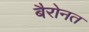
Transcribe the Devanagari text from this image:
बैरोनत